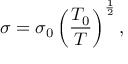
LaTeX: \sigma = \sigma _ { 0 } \left( { \frac { T _ { 0 } } { T } } \right) ^ { \frac { 1 } { 2 } } ,